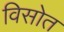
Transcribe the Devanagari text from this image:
विसोत